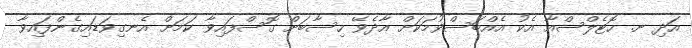
އަދި ނ. ހޮޓެލްސްއާ އެކު އެއްބަސްވުމަކަށް އާދެވޭ ހިސާބަށް ގޮސްފައިވާ ކަމަށް އެނގިވަޑައިގެންފައިވާ